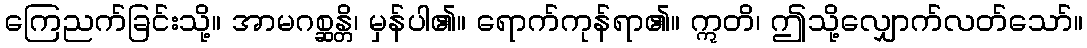
ကြေညက်ခြင်းသို့။ အာမဂစ္ဆန္တိ၊ မှန်ပါ၏။ ရောက်ကုန်ရာ၏။ ဣတိ၊ ဤသို့လျှောက်လတ်သော်။